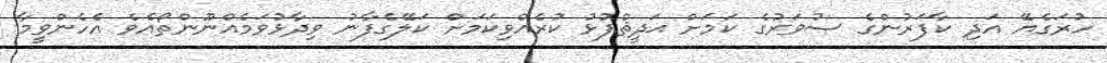
ހުރަގެޔޭ އަދި ކާފަރުންގެ ސުވަރުގެ ކަމަށް ޙަދީޘްފުޅު ކުރެއްވިކަމަށް ކަލޭގެފާނު ވިދާޅުވަމެއްނޫންތޯއެވެ އެހެންވީމާ